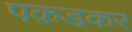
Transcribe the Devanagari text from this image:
पक़डकर